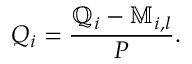
Q _ { i } = \frac { \mathbb { Q } _ { i } - \mathbb { M } _ { i , l } } { P } .